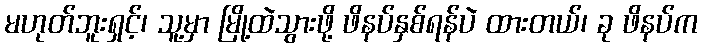
မဟုတ်ဘူးရှင့်၊ သူ့မှာ မြို့ထဲသွားဖို့ ဖိနပ်နှစ်ရန်ပဲ ထားတယ်၊ ခု ဖိနပ်က